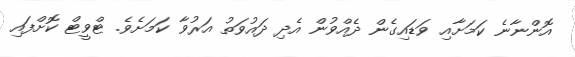
އޮންނާނެ ކަމަށާއި ވަޑައިގެން ދެއްވުން އެދި ދައުވަތު އަރުވާ ކަމަށެވެ. ޓްވީޓް ކޮށްފައި